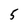
Character: 5